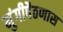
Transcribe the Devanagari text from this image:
मुंगीपैठणास